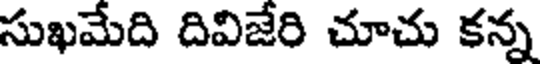
సుఖమేది దివిజేరి చూచు కన్న